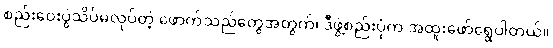
စည်းဝေးပွဲသိပ်မလုပ်တဲ့ ဖောက်သည်တွေအတွက်၊ ဒီဖွဲ့စည်းပုံက အထူးဖော်ရွေပါတယ်။